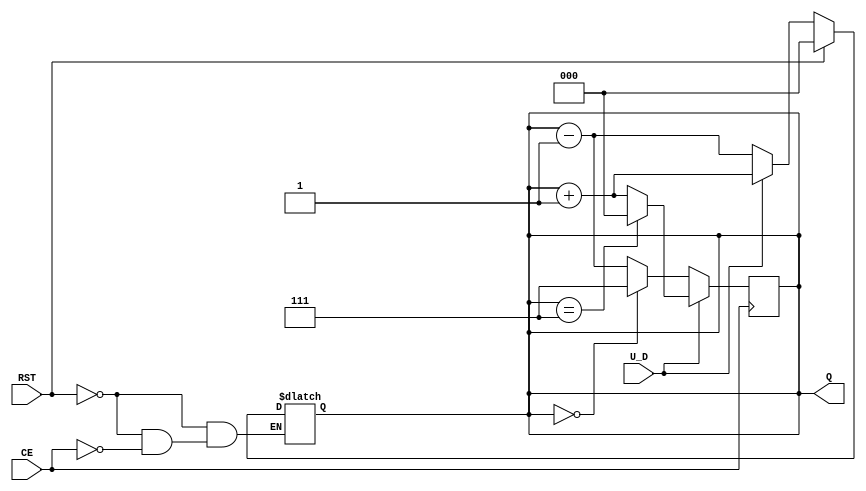
module UpDownCounter (
    input wire U_D,        // Up/Down Control Signal
    input wire CE,         // Count Enable
    input wire RST,        // Asynchronous Reset
    output reg [2:0] Q     // Counter Output (3 bits for counting 0-7)
);

    // Asynchronous Reset and Counting Logic
    always @(*) begin
        if (RST) begin
            Q = 3'b000; // Reset counter to 0
        end else if (CE) begin
            if (U_D) begin
                Q = Q + 1; // Count Up
            end else begin
                Q = Q - 1; // Count Down
            end
        end
    end

    // Handle overflow and underflow
    always @(posedge CE) begin
        if (U_D) begin
            if (Q == 3'b111) begin
                Q <= 3'b000; // Wrap around to 0
            end else begin
                Q <= Q + 1; // Increment
            end
        end else begin
            if (Q == 3'b000) begin
                Q <= 3'b111; // Wrap around to 7
            end else begin
                Q <= Q - 1; // Decrement
            end
        end
    end

endmodule